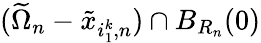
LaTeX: (\widetilde\Omega_{n}-\tilde{x}_{i_{1}^{k},n})\cap B_{R_{n}}(0)